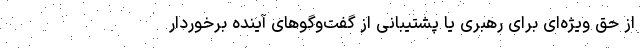
از حق ویژه‌ای برای رهبری یا پشتیبانی از گفت‌وگوهای آینده برخوردار